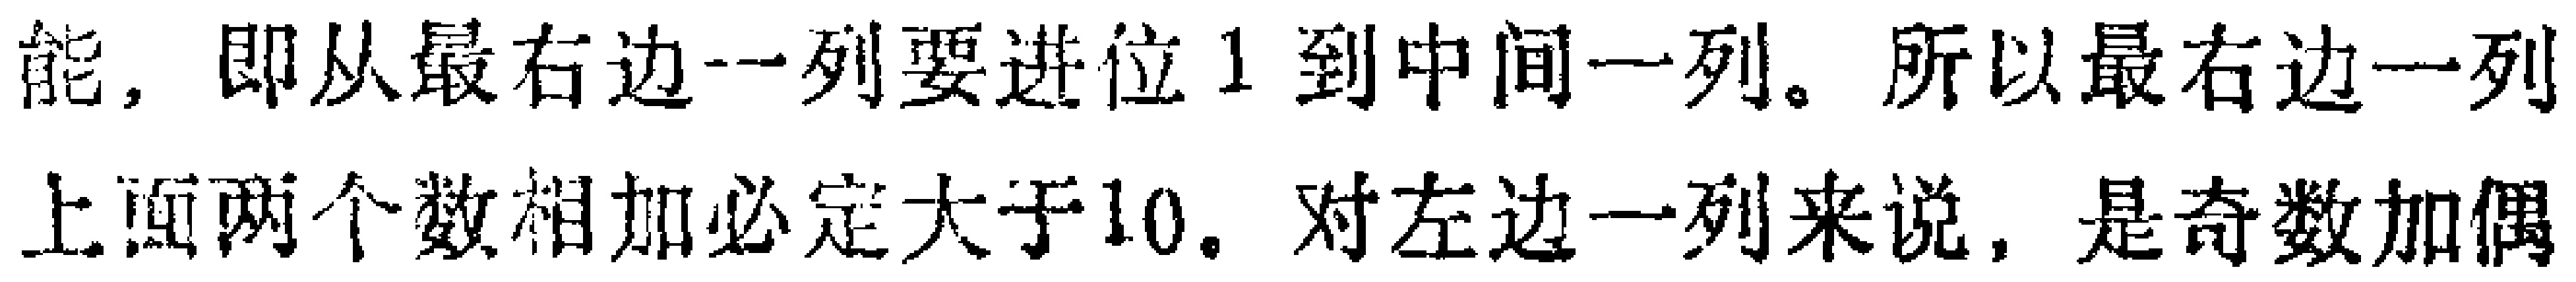
能，即从最右边一列要进位 1 到中间一列。所以最右边一列
上面两个数相加必定大于10。对左边一列来说，是奇数加偶